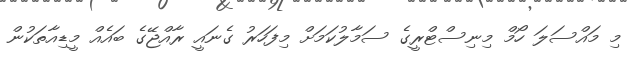
މި މައްސަލަ ހޯމް މިނިސްޓްރީގެ ސަމާލުކަމަށް މިފަހަރު ގެނައީ ރާއްޖޭގެ ބައެއް މީޑިއާތަކުން